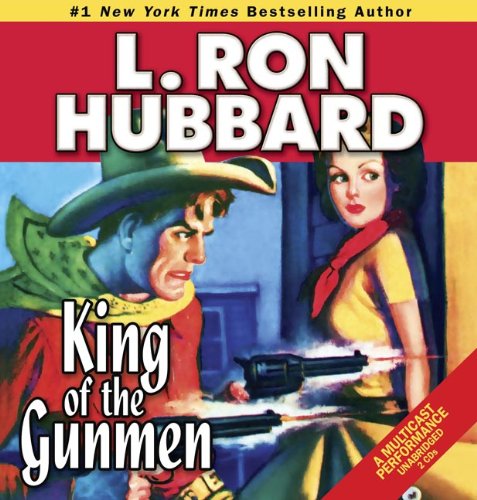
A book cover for King of the Gunmen (Stories from the Golden Age) (Western Short Stories Collection); L. Ron Hubbard; Literature & Fiction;